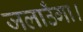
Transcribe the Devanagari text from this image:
जलाउँगा।